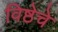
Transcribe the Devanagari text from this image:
विष्ठेचे